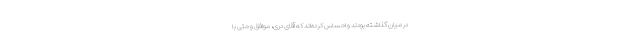
در میان گذاشته بودند و احساس‌ كرده‌اند كه آقاى درى، موافق و حتى با